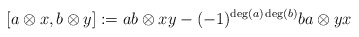
\begin{align*}\quad[a\otimes x,b\otimes y]:=ab\otimes xy-(-1)^{\deg(a)\deg(b)}ba\otimes yx\end{align*}